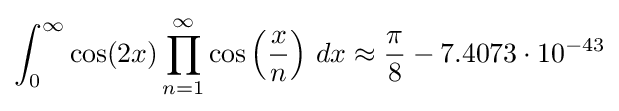
\int _{0}^{\infty }\cos(2x)\prod _{n=1}^{\infty }\cos \left({\frac {x}{n}}\right)\,dx\approx {\frac {\pi }{8}}-7.4073\cdot 10^{-43}